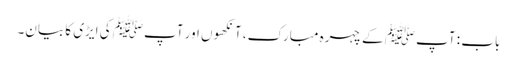
باب : آپﷺ کے چہرہ مبارک، آنکھوں اور آپﷺ کی ایڑی کا بیان۔